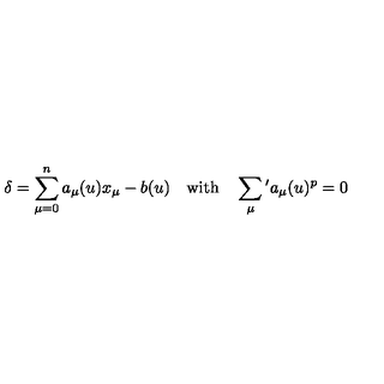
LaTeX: \delta = \sum _ { \mu = 0 } ^ { n } a _ { \mu } ( u ) x _ { \mu } - b ( u ) \quad \mathrm { w i t h } \quad \sum _ { \mu } { } ^ { \prime } a _ { \mu } ( u ) ^ { p } = 0